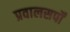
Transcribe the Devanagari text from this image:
प्रवालसर्पों